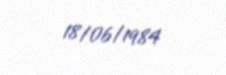
18/06/1984